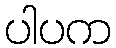
ပါပက